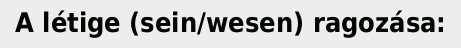
A létige (sein/wesen) ragozása: